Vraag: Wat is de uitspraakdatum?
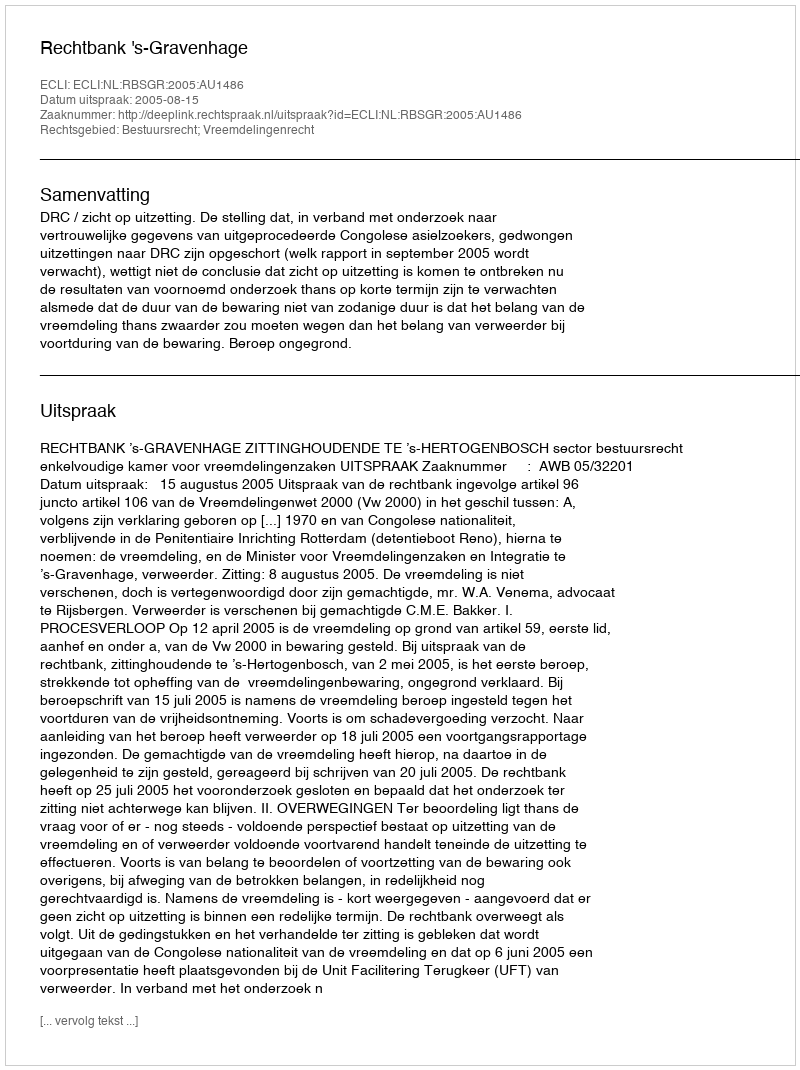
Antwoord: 2005-08-15